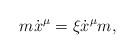
LaTeX: \begin{align*}m\dot x^\mu=\xi\dot x^\mu m, \end{align*}